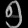
Digit: ၅